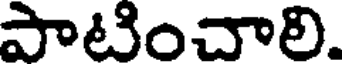
పాటించాలి.